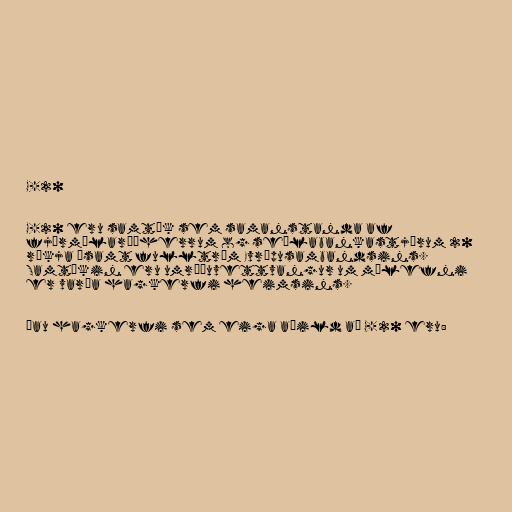
G-20

G-20 eru samtök sem samanstanda af
fjármálaráðherrum og seðlabankastjórum 20
ríkja ásamt fulltrúm Evrópusambandsins.
Samtökin eru umræðuvettvangur um málefni
er varða hagkerfi heimsins.

Þau hagkerfi sem eiga aðild að G-20 eru: